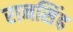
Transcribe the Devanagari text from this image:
रानसिंह